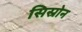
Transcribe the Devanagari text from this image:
सिस्रोन